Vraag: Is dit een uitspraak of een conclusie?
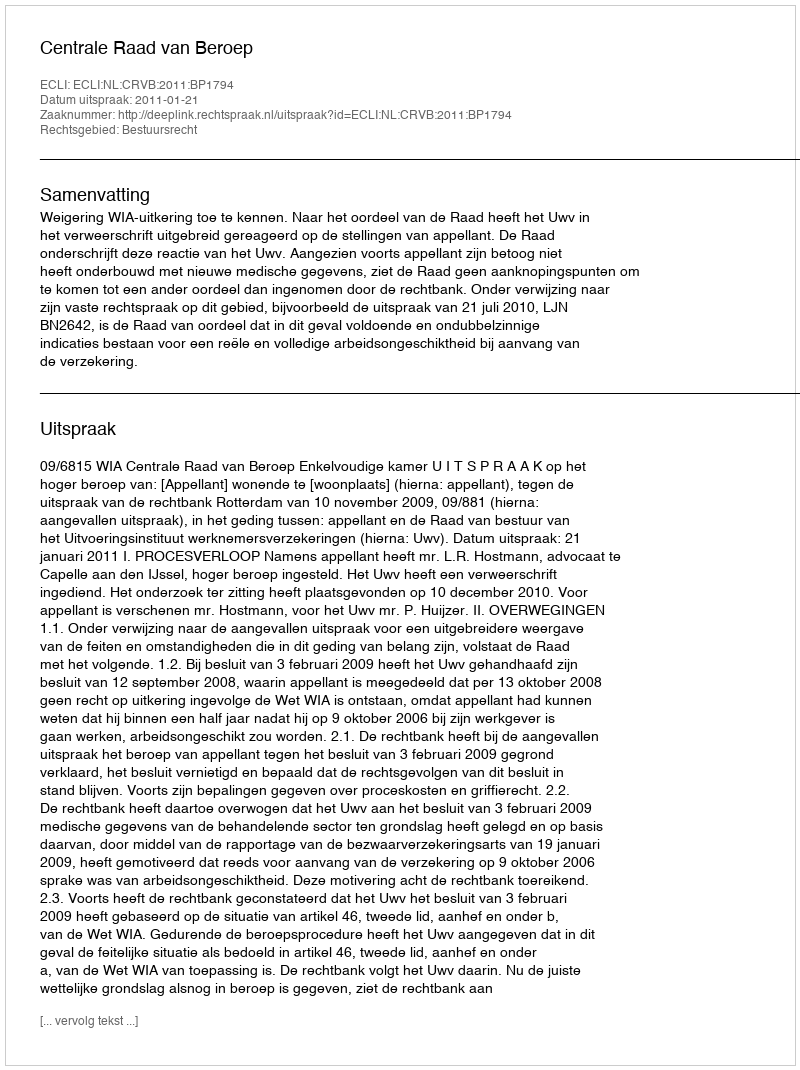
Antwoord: Uitspraak